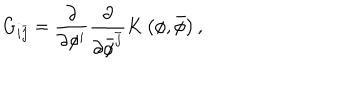
G _ { i \bar { j } } = \frac { \partial } { \partial \phi ^ { i } } \frac { \partial } { \partial \bar { \phi } ^ { \bar { j } } } K \left( \phi , \bar { \phi } \right) ,